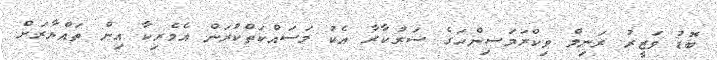
ބޮޑު ވަޒީރު ރަނިލް ވިކްރަމަސިންހަގެ ސަރުކާރާ އެކު މަސައްކަތްކުރަން އެމެރިކާ އިން ތައްޔާރަށް